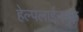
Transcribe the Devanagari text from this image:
हेल्पलाईनमुळे